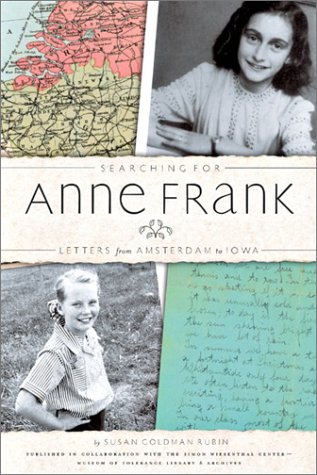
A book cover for Searching for Anne Frank: Letters from Amsterdam to Iowa; Susan Goldman Rubin; Children's Books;